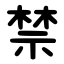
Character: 禁